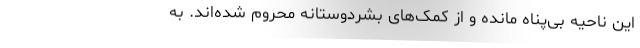
این ناحیه بی‌پناه مانده و از کمک‌های بشردوستانه محروم شده‌اند. به